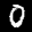
Label: 0